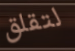
لتقلق